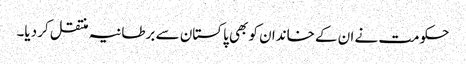
حکومت نے ان کے خاندان کو بھی پاکستان سے برطانیہ منتقل کر دیا۔